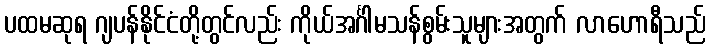
ပထမဆုရ ဂျပန်နိုင်ငံတို့တွင်လည်း ကိုယ်အင်္ဂါမသန်စွမ်းသူများအတွက် လာဟောရီသည်